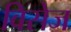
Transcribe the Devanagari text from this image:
विसेज